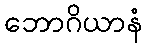
ဘောဂိယာနံ